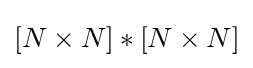
[N\times N]\ast [N\times N]